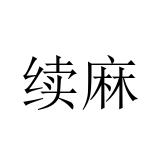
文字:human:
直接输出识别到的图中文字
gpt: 续麻